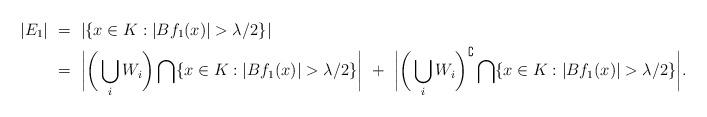
LaTeX: \begin{align*} |E_1| ~& =~ |\{x \in K : |Bf_1(x)| > \lambda/2\}| \\ &= ~\bigg|\bigg(\bigcup_iW_i\bigg)\bigcap \{x \in K : |Bf_1(x)| > \lambda/2\} \bigg|~ + ~ \bigg|\bigg(\bigcup_iW_i\bigg)^\complement \bigcap \{x \in K : |Bf_1(x)| > \lambda/2\} \bigg|. \end{align*}